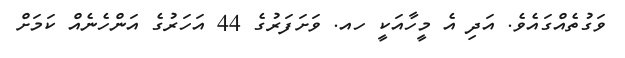
ވަގުތެއްގައެވެ. އަދި އެ މީހާއަކީ ހއ. ވަށަފަރުގެ 44 އަހަރުގެ އަންހެނެއް ކަމަށް